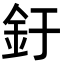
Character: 釪